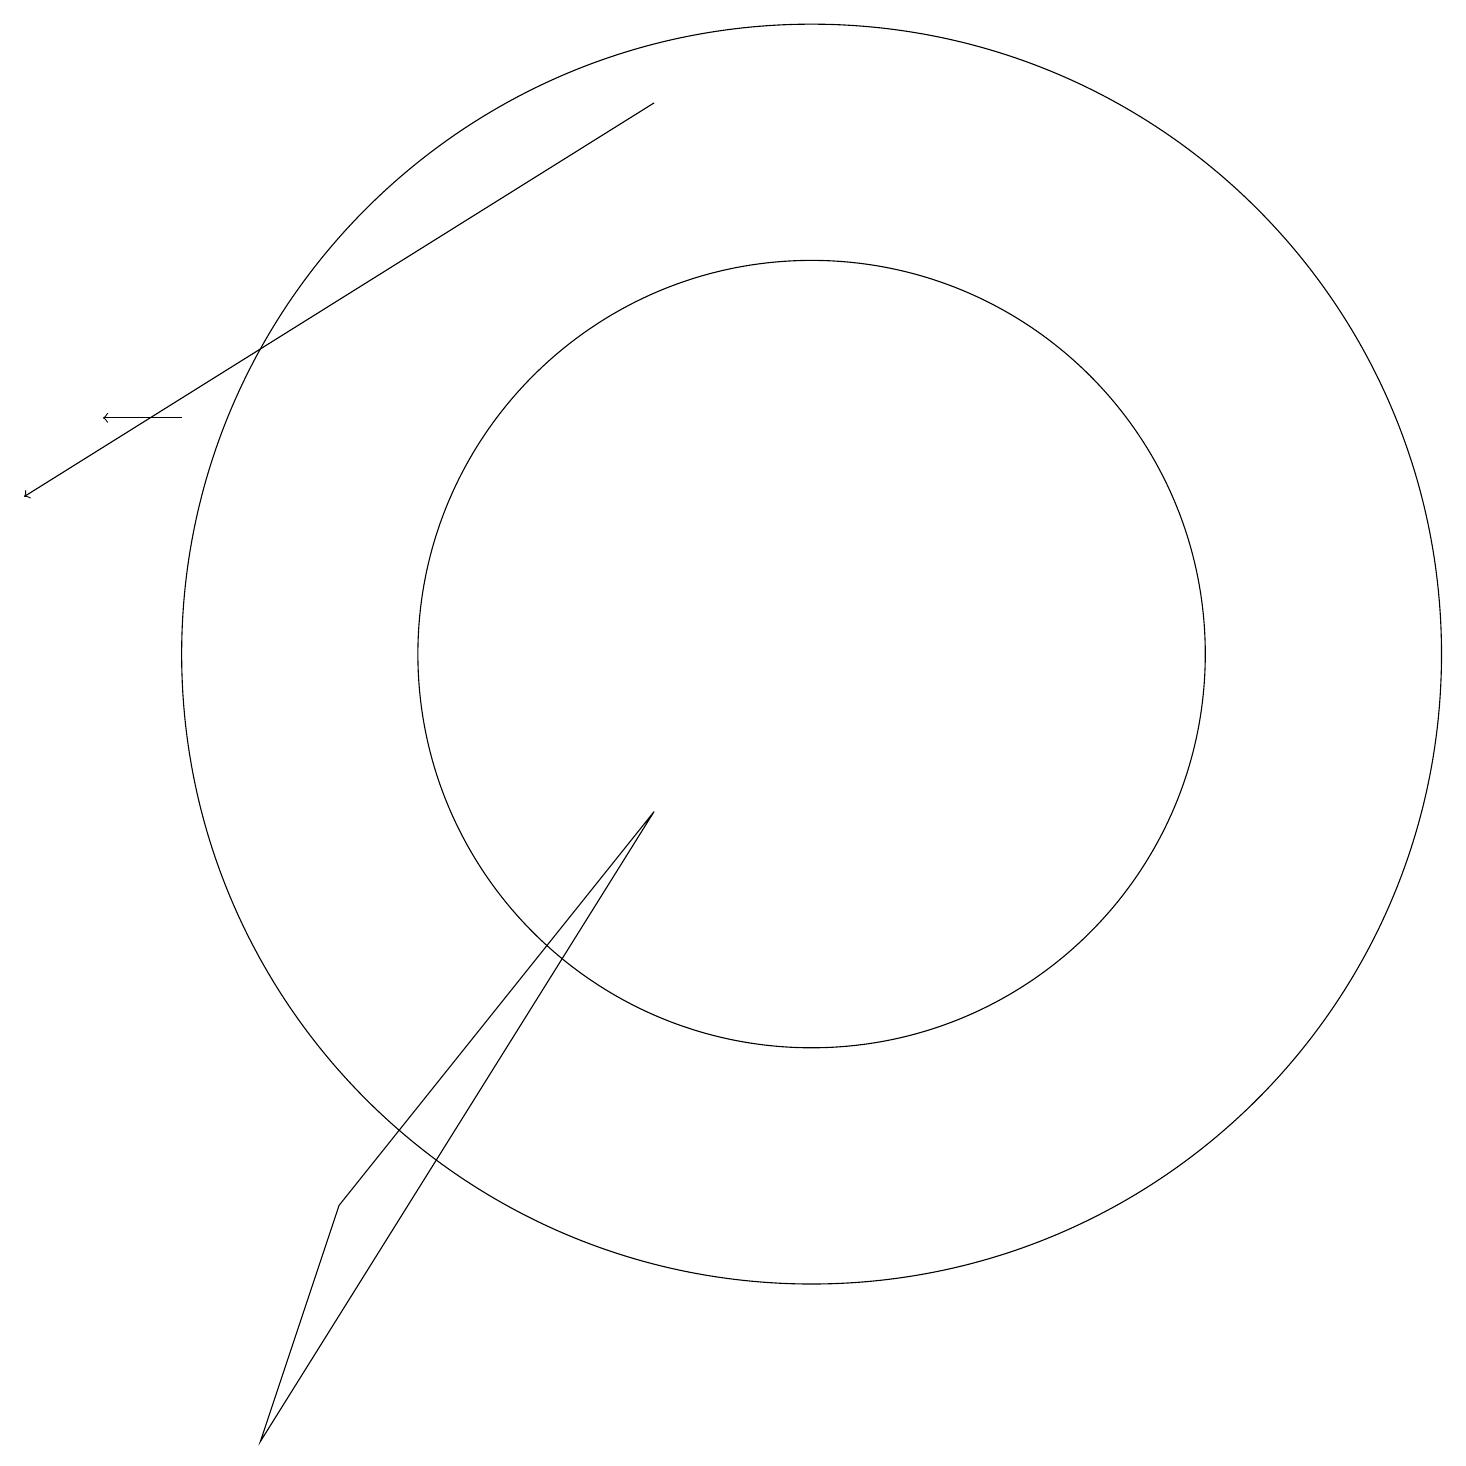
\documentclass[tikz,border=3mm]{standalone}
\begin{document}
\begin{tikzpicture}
\draw[->] (9,17) -- (1,12);
\draw (11,10) circle (8);
\draw (11,10) circle (5);
\draw[->] (3,13) -- (2,13);
\draw (4,0) -- (5,3) -- (9,8) -- cycle;
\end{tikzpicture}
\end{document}